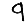
Digit: 9